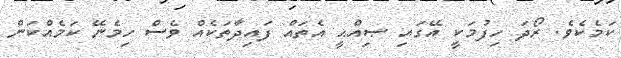
ކަމެކެވެ. ރޯދަ ހިފުމަކީ އޭގައި ޞިއްޙީ އެތައް ފައިދާތަކެއް ވެސް ހިމެނޭ ކަމެއްކަން